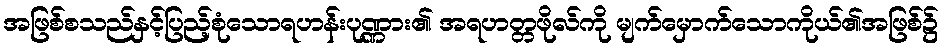
အဖြစ်စသည်နှင့်ပြည့်စုံသောရဟန်းပုဏ္ဏား၏ အရဟတ္တဖိုလ်ကို မျက်မှောက်သောကိုယ်၏အဖြစ်၌